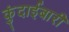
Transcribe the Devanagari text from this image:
कुंदाईबारी